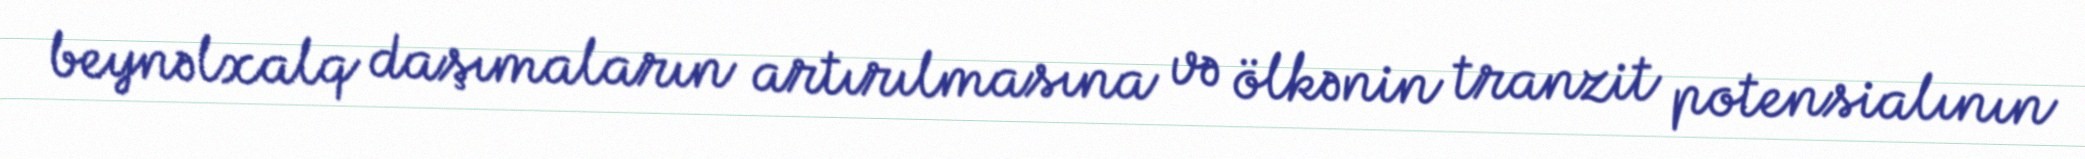
beynəlxalq daşımaların artırılmasına və ölkənin tranzit potensialının